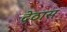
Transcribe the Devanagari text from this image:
देठास